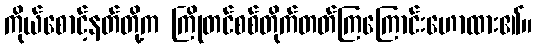
ကိုယ်စောင့်နတ်တို့က ကြိုတင်စစ်တိုက်တတ်ကြကြောင်းဟောထား၏။